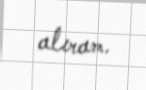
alıram.